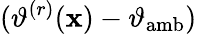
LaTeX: (\vartheta^{(r)}(\mathbf{x})-\vartheta_{\mathrm{amb}})